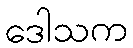
ဒေါသက